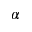
\alpha